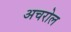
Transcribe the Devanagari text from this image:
अचरोल